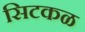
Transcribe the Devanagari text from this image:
सिटकळ